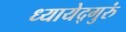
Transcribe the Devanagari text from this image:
ध्यायेद्गुरुं